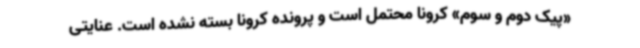
«پیک دوم و سوم» کرونا محتمل است و پرونده کرونا بسته نشده است. عنایتی